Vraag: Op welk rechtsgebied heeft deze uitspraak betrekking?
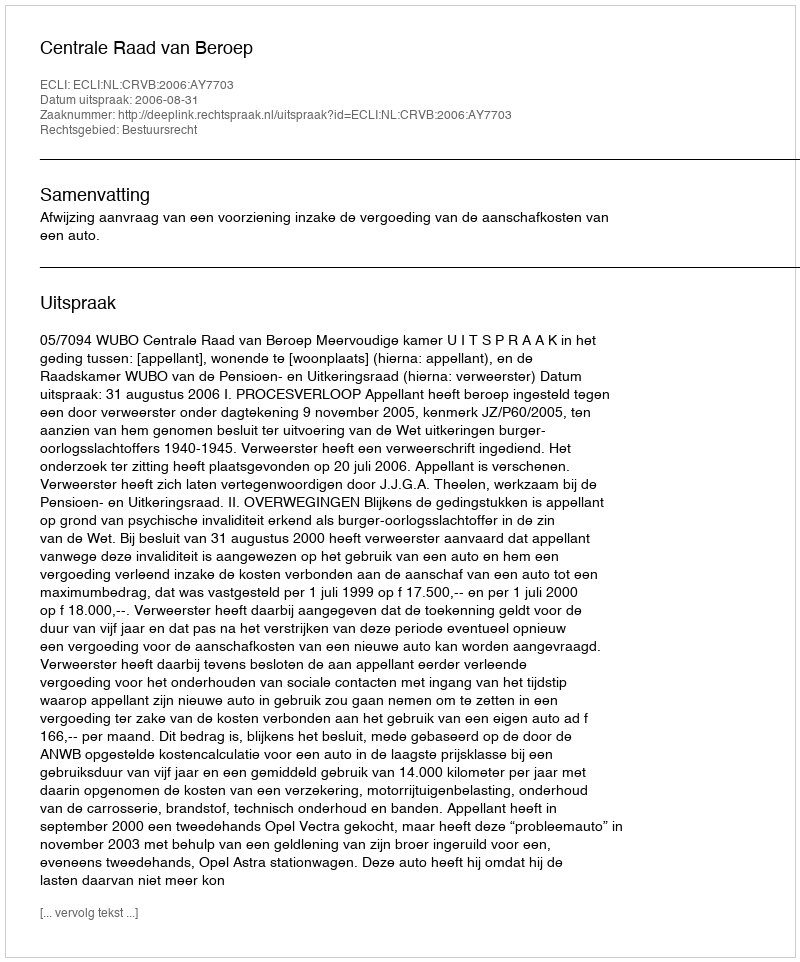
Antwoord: Bestuursrecht